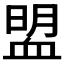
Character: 𧖽